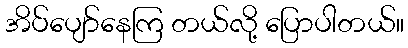
အိပ်ပျော်နေကြ တယ်လို့ ပြောပါတယ်။